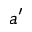
a ^ { \prime }